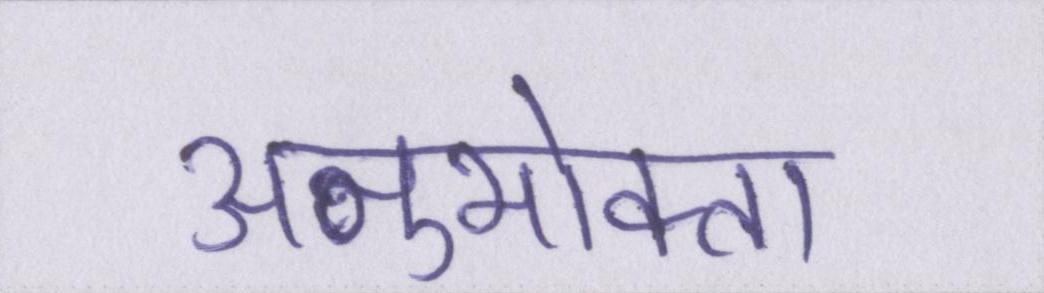
अनुभोक्ता